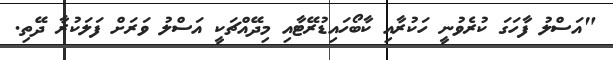
"އަސްލު ފާހަގަ ކުރެވުނީ ހަކުރާއި ކާބޯހައިޑުރޭޓާއި މިދޭއްޗަކީ އަސްލު ވަރަށް ފަލަކުރާ ދޭތި.